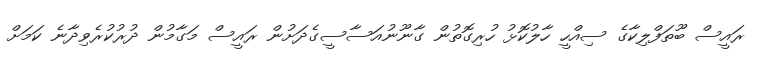
ރައީސް ބޫތަފްލިކާގެ ސިއްހީ ހާލުކޮޅު ހުރިގޮތުން ގާނޫނުއަސާސީގެދަށުން ރައީސް މަގާމުން ދުރުކުރެވިދާނެ ކަމަށް